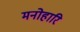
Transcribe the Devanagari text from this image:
मनोहारि